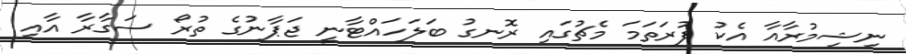
ނިޝިމުރާއާ އެކު ފުރަތަމަ މެޗުގައި ރޮނގު ބަލަހައްޓާނީ ޖަޕާނުގެ ތުރޯ ސަގާރާ އާއި